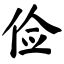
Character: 俭